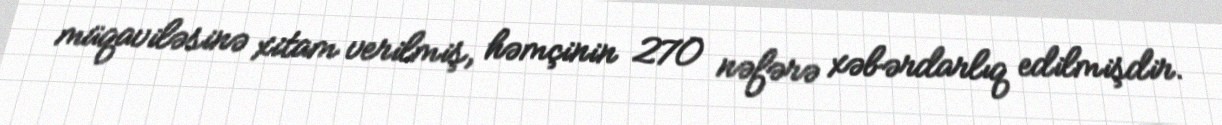
müqaviləsinə xitam verilmiş, həmçinin 270 nəfərə xəbərdarlıq edilmişdir.